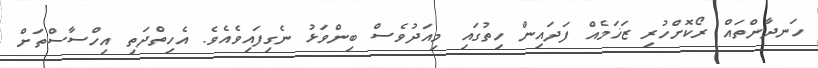
ހަނދާންތައް ރޯކޮށްހުރި ޒަޚަމެއް ފަދައިން ހިތުގައި މިއަދުވެސް ބިންވަޅު ނެގިފައިވެއެވެ. އެހިތްދަތި އިހްސާސްތަށް